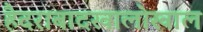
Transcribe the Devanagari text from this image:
हैदराबादखालोखाल